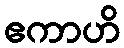
ဧကာဟိ